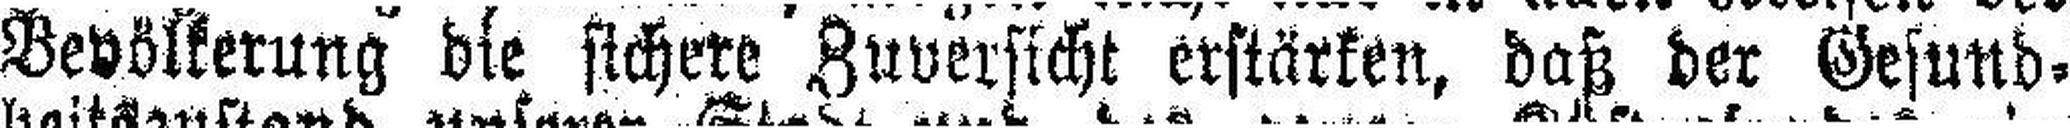
Bevölkerung die sichere Zuversicht erstärken, daß der Gesund¬